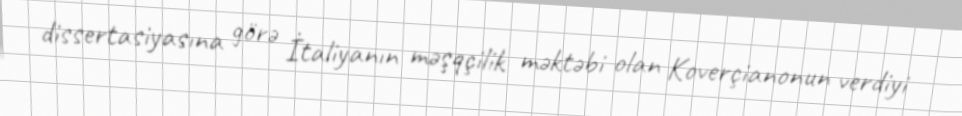
dissertasiyasına görə İtaliyanın məşqçilik məktəbi olan Koverçianonun verdiyi